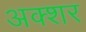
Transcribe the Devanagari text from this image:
अक्शर